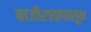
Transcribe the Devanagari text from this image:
बाजीरावापासून